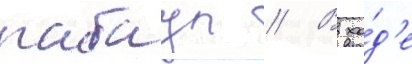
рабаул // В хо́д'е